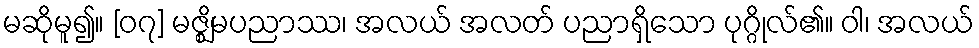
မဆိုမူ၍။ [၀၇] မဇ္ဈိမပညာဿ၊ အလယ် အလတ် ပညာရှိသော ပုဂ္ဂိုလ်၏။ ဝါ၊ အလယ်